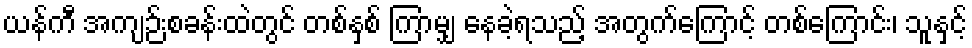
ယန်ကီ အကျဉ်းစခန်းထဲတွင် တစ်နှစ် ကြာမျှ နေခဲ့ရသည့် အတွက်ကြောင့် တစ်ကြောင်း၊ သူနှင့်